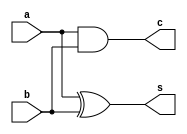
module HalfAdder(input a,
				 input b,
				 output s,
				 output c);
	xor G1(s, a, b);
	and G2(c, a, b);
endmodule

module FullAdder(input x,
				 input y,
				 input z,
				 output s,
				 output c);
	wire w1, w2, w3;
	HalfAdder half_adder_1(x, y, w1, w2);
	HalfAdder half_adder_2(w1, z, s, w3);
	or G1(c, w2, w3);
endmodule

module Adder4BitStructural(input[3:0] a,
						   input[3:0] b,
						   input c_in,
						   output[3:0] s,
						   output c_out);
						   wire[3:1] c;
	FullAdder full_adder_1(c_in, a[0], b[0], s[0], c[1]);
	FullAdder full_adder_2(c[1], a[1], b[1], s[1], c[2]);
	FullAdder full_adder_3(c[2], a[2], b[2], s[2], c[3]);
	FullAdder full_adder_4(c[3], a[3], b[3], s[3], c_out);
endmodule